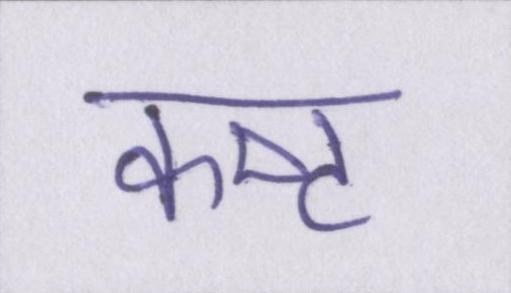
कष्ट